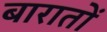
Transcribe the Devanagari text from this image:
बारातों